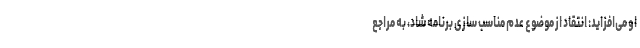
او می‌افزاید: انتقاد از موضوع عدم مناسب سازی برنامه شاد، به مراجع